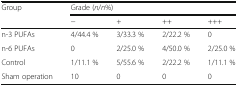
| <ROWSPAN=2> Group | <COLSPAN=4> Grade (n/n%) |
 | − | + | ++ | +++ |
 | --- | --- | --- | --- | --- |
 | n-3 PUFAs | 4/44.4 % | 3/33.3 % | 2/22.2 % | 0 |
 | n-6 PUFAs | 0 | 2/25.0 % | 4/50.0 % | 2/25.0 % |
 | Control | 1/11.1 % | 5/55.6 % | 2/22.2 % | 1/11.1 % |
 | Sham operation | 10 | 0 | 0 | 0 |